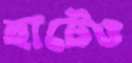
হাটেও